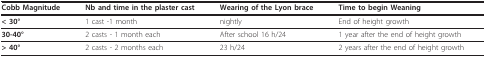
<table><thead><tr><td><b>Cobb Magnitude</b></td><td><b>Nb and time in the plaster cast</b></td><td><b>Wearing of the Lyon brace</b></td><td><b>Time to begin Weaning</b></td></tr></thead><tbody><tr><td><b>&lt; 30°</b></td><td>1 cast -1 month</td><td>nightly</td><td>End of height growth</td></tr><tr><td><b>30-40°</b></td><td>2 casts - 1 month each</td><td>After school 16 h/24</td><td>1 year after the end of height growth</td></tr><tr><td><b>&gt; 40°</b></td><td>2 casts - 2 months each</td><td>23 h/24</td><td>2 years after the end of height growth</td></tr></tbody></table>